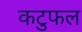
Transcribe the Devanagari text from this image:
कटुफल